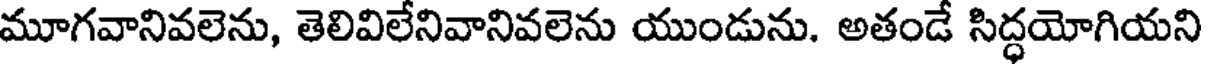
మూగవానివలెను, తెలివిలేనివానివలెను యుండును. అతండే సిద్ధయోగియని